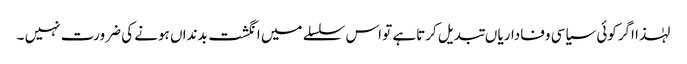
لہٰذا اگرکوئی سیاسی وفاداریا ں تبدیل کرتاہے تو اس سلسلے میں انگشت بدنداں ہونے کی ضرورت نہیں ۔